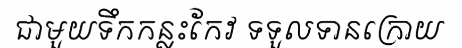
ជាមួយទឹកកន្លះកែវ ទទួលទានក្រោយ